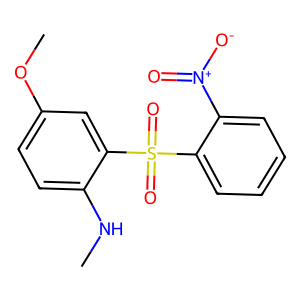
SMILES: CNc1ccc(OC)cc1S(=O)(=O)c1ccccc1[N+](=O)[O-]
Inhibits HIV replication: No